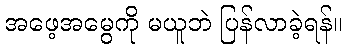
အဖေ့အမွေကို မယူဘဲ ပြန်လာခဲ့ရန်။